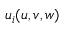
u _ { i } ( u , v , w )